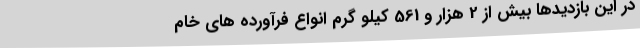
در این بازدیدها بیش از 2 هزار و 561 کیلو گرم انواع فرآورده های خام